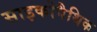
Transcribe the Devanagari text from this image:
साइकोपैथिक